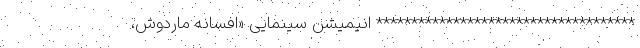
************************************* انیمیشن سینمایی «افسانه ماردوش،